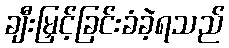
ချီးမြှင့်ခြင်းခံခဲ့ရသည်